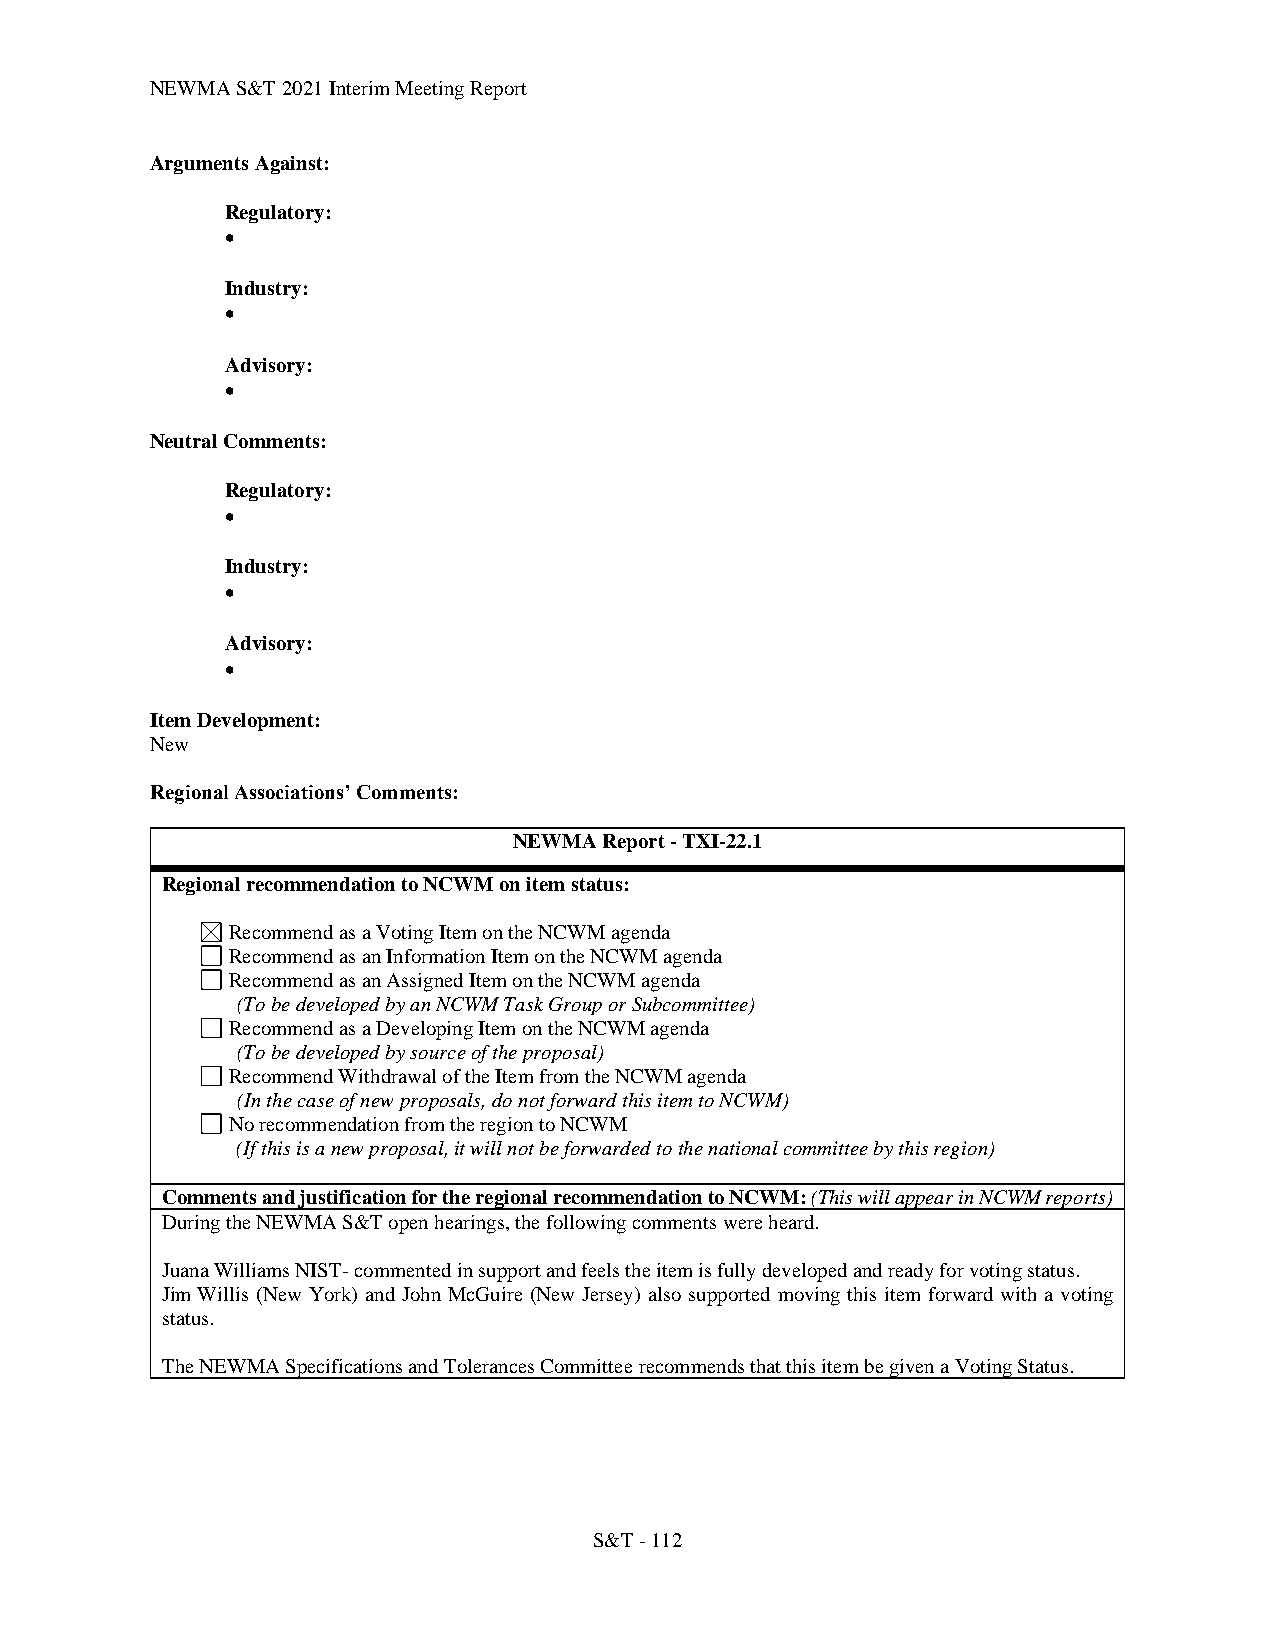
NEWMA S&T 2021 Interim Meeting Report
 Arguments Against:
 Regulatory:
 •
 Industry:
 •
 Advisory:
 •
 Neutral Comments:
 Regulatory:
 •
 Industry:
 •
 Advisory:
 •
 Item Development:
 New
 Regional Associations’ Comments:
 NEWMA Report - TXI-22.1
 Regional recommendation to NCWM on item status:
 Recommend as a Voting Item on the NCWM agenda
 Recommend as an Information Item on the NCWM agenda
 Recommend as an Assigned Item on the NCWM agenda
 (To be developed by an NCWM Task Group or Subcommittee)
 Recommend as a Developing Item on the NCWM agenda
 (To be developed by source of the proposal)
 Recommend Withdrawal of the Item from the NCWM agenda
 (In the case of new proposals, do not forward this item to NCWM)
 No recommendation from the region to NCWM
 (If this is a new proposal, it will not be forwarded to the national committee by this region)
 Comments and justification for the regional recommendation to NCWM: (This will appear in NCWM reports)
 During the NEWMA S&T open hearings, the following comments were heard.
 Juana Williams NIST- commented in support and feels the item is fully developed and ready for voting status.
 Jim Willis (New York) and John McGuire (New Jersey) also supported moving this item forward with a voting
 status.
 The NEWMA Specifications and Tolerances Committee recommends that this item be given a Voting Status.
 S&T - 112